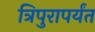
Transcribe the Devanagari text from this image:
त्रिपुरापर्यंत